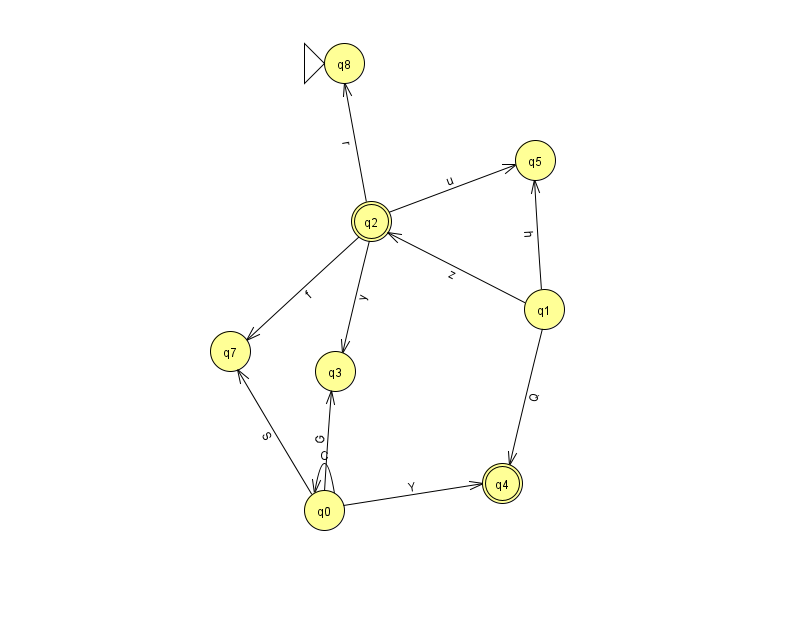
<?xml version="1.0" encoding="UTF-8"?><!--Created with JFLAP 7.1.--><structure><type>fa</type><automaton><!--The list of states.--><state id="0" name="q0"><x>324.0</x><y>497.0</y></state><state id="1" name="q1"><x>544.0</x><y>296.0</y></state><state id="2" name="q2"><x>371.0</x><y>208.0</y><final/></state><state id="3" name="q3"><x>335.0</x><y>358.0</y></state><state id="4" name="q4"><x>502.0</x><y>470.0</y><final/></state><state id="5" name="q5"><x>535.0</x><y>147.0</y></state><state id="7" name="q7"><x>230.0</x><y>338.0</y></state><state id="8" name="q8"><x>344.0</x><y>50.0</y><initial/></state><!--The list of transitions.--><transition><from>1</from><to>5</to><read>h</read></transition><transition><from>2</from><to>3</to><read>y</read></transition><transition><from>2</from><to>5</to><read>u</read></transition><transition><from>0</from><to>0</to><read>C</read></transition><transition><from>1</from><to>2</to><read>z</read></transition><transition><from>0</from><to>7</to><read>S</read></transition><transition><from>1</from><to>4</to><read>Q</read></transition><transition><from>0</from><to>3</to><read>G</read></transition><transition><from>2</from><to>7</to><read>f</read></transition><transition><from>0</from><to>4</to><read>Y</read></transition><transition><from>2</from><to>8</to><read>r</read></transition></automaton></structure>